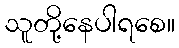
သူတို့နေပါရစေ။